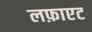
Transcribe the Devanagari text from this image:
लफ़ाएट